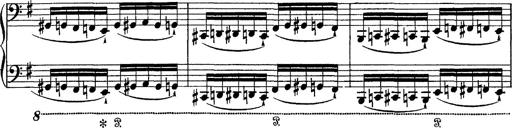
Title: Tarantelle di bravura dâ€™aprÃ¨s la tarantelle de La muette de Portici
Composer: Franz Liszt